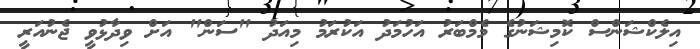
އިލެކްޝަންސް ކޮމިޝަނުގެ މެމްބަރު އަހުމަދު އަކުރަމު މިއަދު "ސަން" އަށް ވިދާޅުވީ ޖެނުއަރީ